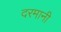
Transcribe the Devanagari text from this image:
दरमानी